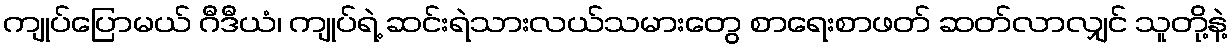
ကျုပ်ပြောမယ် ဂီဒီယံ၊ ကျုပ်ရဲ့ ဆင်းရဲသားလယ်သမားတွေ စာရေးစာဖတ် ဆတ်လာလျှင် သူတို့နဲ့